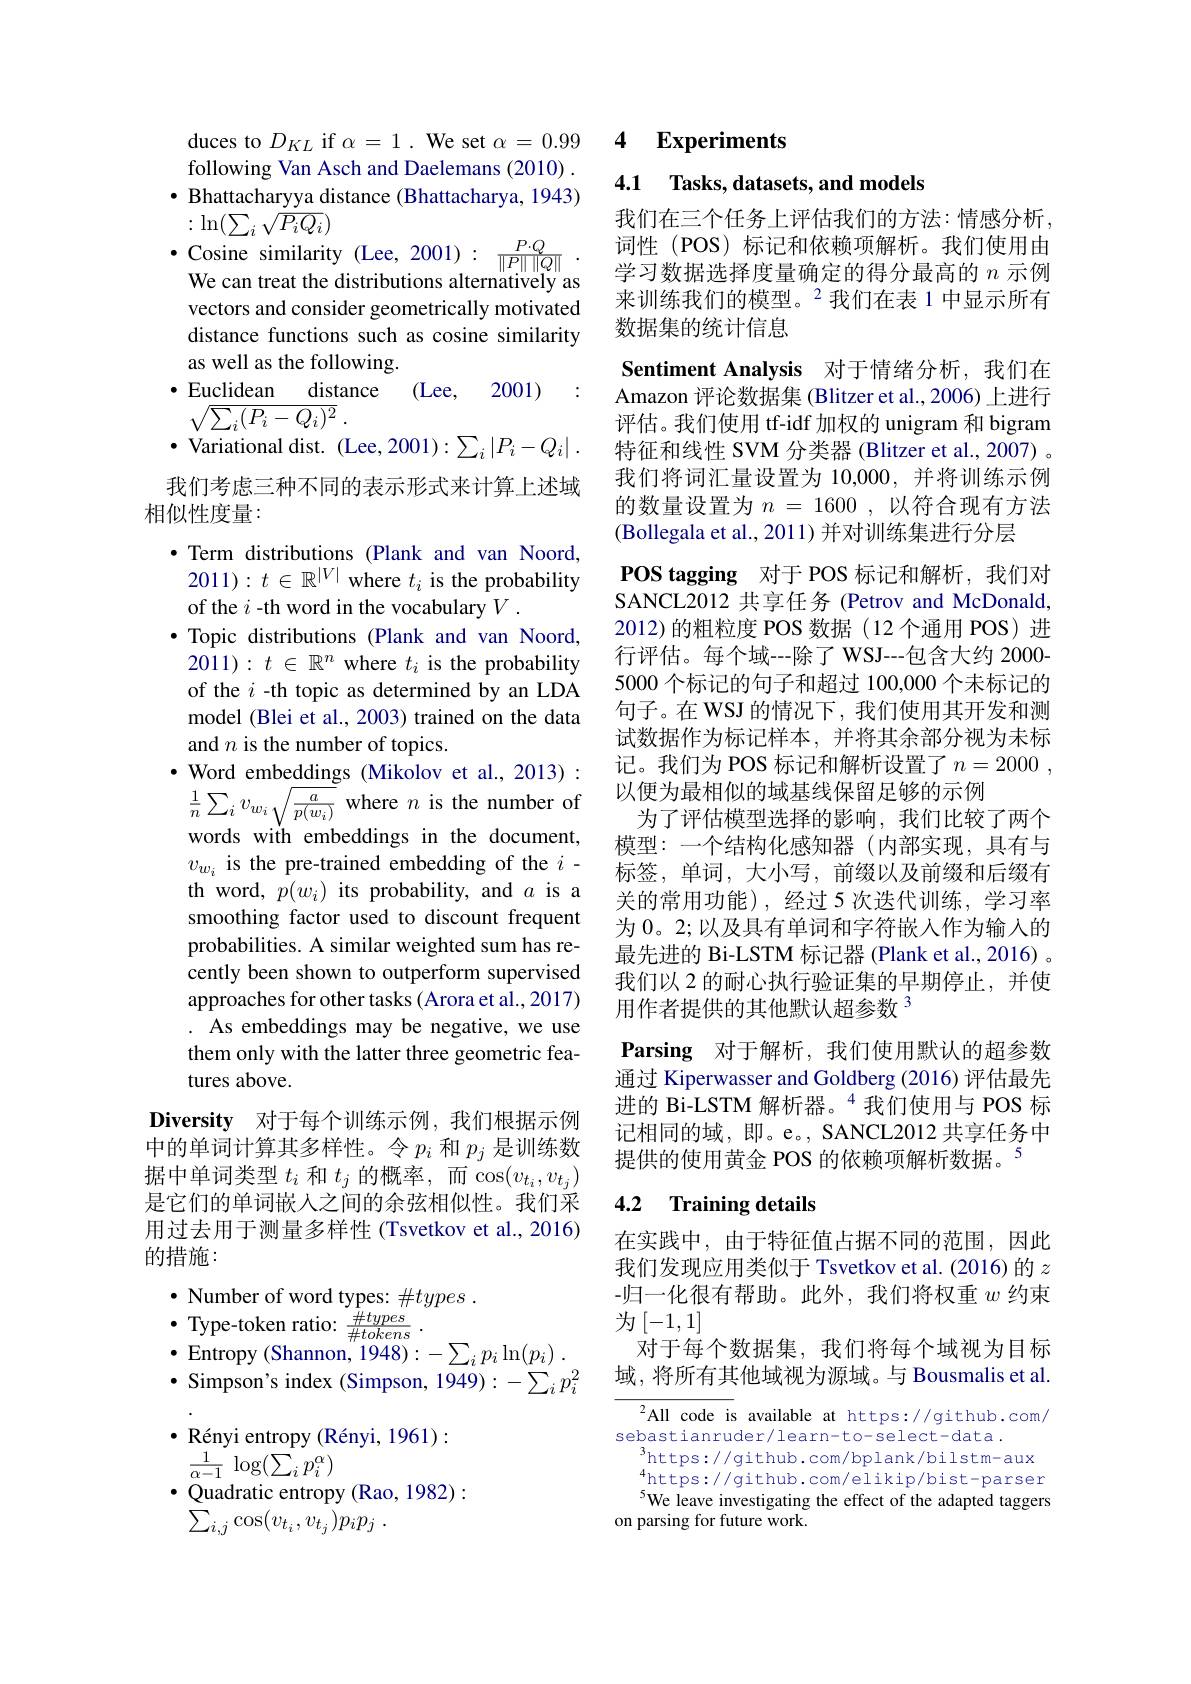
duces to $D_{KL}$ if $\alpha=1.$ We set $\alpha=0.99$ following Van Asch and Daelemans (2010) . $\bullet$ Bhattacharyya distance (Bhattacharya, 1943) $:\ln(\sum_i\sqrt{P_iQ_i})$

vectors and consider geometrically motivated distance functions such as cosine similarity as well as the following.
distance (Lee, 2001)
· Euclidean
:
$\sqrt {\sum _{i}( P_{i}- Q_{i}) ^{2}}$ .

我们考虑三种不同的表示形式来计算上述域
相似性度量：

·Term distributions (Plank and van Noord, 2011): $t\in\mathbb{R}^|V|$ where $t_i$ is the probability of the $i$ -th word in the vocabulary $V.$
$\bullet$ Topic distributions (Plank and van Noord, 2011): $t\in\mathbb{R}^n$ where $t_i$ is the probability of the $i$ -th topic as determined by an LDA model (Blei et al., 2003) trained on the data and $n$ is the number of topics.
$\bullet$ Word embeddings (Mikolov et al., 2013): $\frac{1}{n}\sum_{i}v_{w_{i}\sqrt{\frac{a}{p(w_{i})}}}$ where $n$ is the number of words with embeddings in the document, $v_{w_i}$ is the pre-trained embedding of the $i$- th word, $p(w_i)$ its probability, and $a$ is a smoothing factor used to discount frequent probabilities. A similar weighted sum has recently been shown to outperform supervised approaches for other tasks (Arora et al., 2017) . As embeddings may be negative, we use them only with the latter three geometric features above.
Diversity 对于每个训练示例，我们根据示例中的单词计算其多样性。令$p_i$和$p_j$是训练数据中单词类型$t_i$和$t_j$的概率，而$\cos(v_t_i,v_{t_j})$ 是它们的单词嵌人之间的余弦相似性。我们采用过去用于测量多样性 (Tsvetkov et al., 2016) 的措施：
$\bullet$ Number of word types: ###0.
$\bullet$Type-token ratio: $\frac {\# types}{\# tokens}$ .
$\bullet$ Entropy (Shannon, 1948)$: - \sum _ip_i\ln ( p_i)$ . $$\bullet$ Simpson's index (Simpson, 1949):-\sum_ip_i^2$ $\bullet$ Rényi entropy (Rényi, 1961):
$\frac{1}{\alpha-1}\log(\sum_{i}p_{i}^{\alpha})$
$\bullet$ Quadratic entropy (Rao, 1982):
$\sum _{i, j}\cos ( v_{t_i}, v_{t_j}) p_ip_j$ .

# 4 Experiments

4.1 Tasks, datasets, and models

我们在三个任务上评估我们的方法：情感分析。词性(POS)标记和依赖项解析。我们使用由
$\begin{aligned}\bullet&\text{Cosine similarity(Lee,2001):}&\frac{P\cdot Q}{\|P\|\|Q\|}.&\text{词性(POS)标记和依赖项解析。我们使用由}\\&\text{We can treat the distributions alternatively as}&\text{学习数据选择度量确定的得分最高的 }n\text{ 示例}\\&\text{ + """位 }\:\end{aligned}$
来训练我们的模型。$^{2}$我们在表 1 中显示所有
数据集的统计信息

Sentiment Analysis 对于情绪分析，我们在Amazon 评论数据集 (Blitzer et al., 2006) 上进行评估。我们使用 tf-idf 加权的 unigram 和 bigram 特征和线性 SVM 分类器 (Blitzer et al., 2007) 。我们将词汇量设置为 10,000, 并将训练示例的数量设置为$n=1600$,以符合现有方法(Bollegala et al., 2011) 并对训练集进行分层
POS tagging 对于 POS 标记和解析，我们对SANCL2012 共享任务 (Petrov and McDonald, 2012)的粗粒度 POS 数据(12 个通用 POS) 进行评估。每个域--除了 WSJ--包含大约 2000- 5000 个标记的句子和超过 100,000 个未标记的句子。在 WSJ 的情况下，我们使用其开发和测试数据作为标记样本，并将其余部分视为未标记。我们为 POS 标记和解析设置了$n= 2000$ , 以便为最相似的域基线保留足够的示例
为了评估模型选择的影响，我们比较了两个模型：一个结构化感知器(内部实现，具有与标签，单词，大小写，前缀以及前缀和后缀有关的常用功能),经过5次迭代训练，学习率为 0。2;以及具有单词和字符嵌人作为输入的最先进的 Bi-LSTM 标记器 (Plank et al., 2016) 。我们以 2 的耐心执行验证集的早期停止，并使用作者提供的其他默认超参数$^{3}$
Parsing 对于解析，我们使用默认的超参数通过 Kiperwasser and Goldberg (2016) 评估最先进的 Bi-LSTM 解析器。$^{4}$我们使用与 POS 标记相同的域，即。e。, SANCL2012 共享任务中提供的使用黄金 POS 的依赖项解析数据。5

## 4.2 Training details

在实践中，由于特征值占据不同的范围，因此我们发现应用类似于 Tsvetkov et al. (2016)的$z$ -归一化很有帮助。此外，我们将权重$w$约束为[-1,1]
对于每个数据集，我们将每个域视为目标域，将所有其他域视为源域。与 Bousmalis et al.

$^{2}$All code is available at https://github.com/
sebastianruder/learn-to-select-data.
https://github.com/bplank/bilstm-aux $_{\epsilon}^{4}$https://github.com/elikip/bist-parser We leave investigating the effect of the adapted taggers
on parsing for future work.